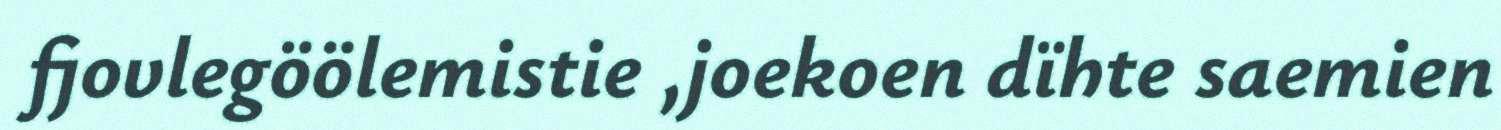
fjovlegöölemistie ,joekoen dïhte saemien